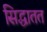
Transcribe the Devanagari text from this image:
सिद्धातत